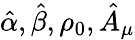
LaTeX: \hat{\alpha},\hat{\beta},\rho_{0},\hat{A}_{\mu}